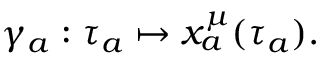
\gamma _ { a } : \tau _ { a } \mapsto x _ { a } ^ { \mu } ( \tau _ { a } ) .